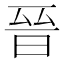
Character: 晉